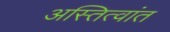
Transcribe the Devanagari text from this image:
अस्तित्वांत